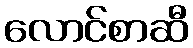
လောင်စာဆီ